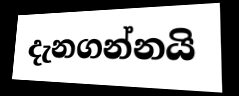
දැනගන්නයි